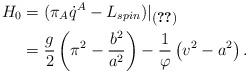
LaTeX: \begin{align*}H_0 &= (\pi_A \dot q^A - L_{spin})\vert _{\mbox{\footnotesize \eqref{velocities}}} \\&= \frac{g}{2}\left (\pi^2 - \frac{b^2}{a^2} \right )-\frac{1}{\varphi}\left (v^2-a^2 \right ).\end{align*}